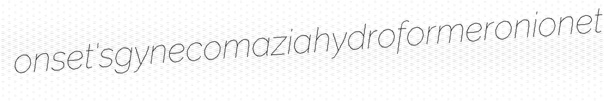
onset's gynecomazia hydroformer onionet